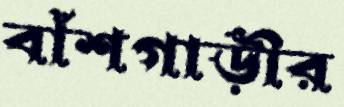
বাঁশগাড়ীর